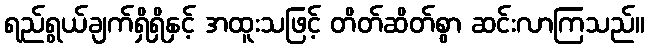
ရည်ရွယ်ချက်ရှိရှိနှင့် အထူးသဖြင့် တိတ်ဆိတ်စွာ ဆင်းလာကြသည်။